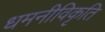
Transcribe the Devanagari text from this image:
धमनीविकृति